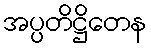
အပ္ပတိဋ္ဌိတေန